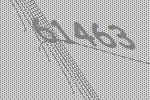
61463